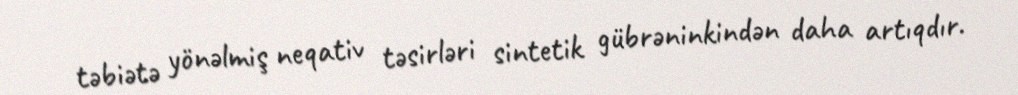
təbiətə yönəlmiş neqativ təsirləri sintetik gübrəninkindən daha artıqdır.